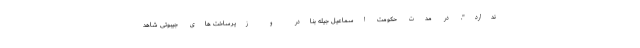
ندارد". در مدت حکومت اسماعیل جیله بنادر و زیرساخت های جیبوتی شاهد